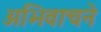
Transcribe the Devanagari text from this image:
अभिवाचने